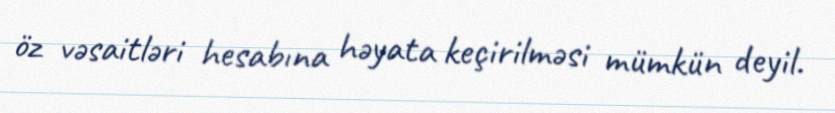
öz vəsaitləri hesabına həyata keçirilməsi mümkün deyil.